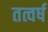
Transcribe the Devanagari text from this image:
तत्वर्ष